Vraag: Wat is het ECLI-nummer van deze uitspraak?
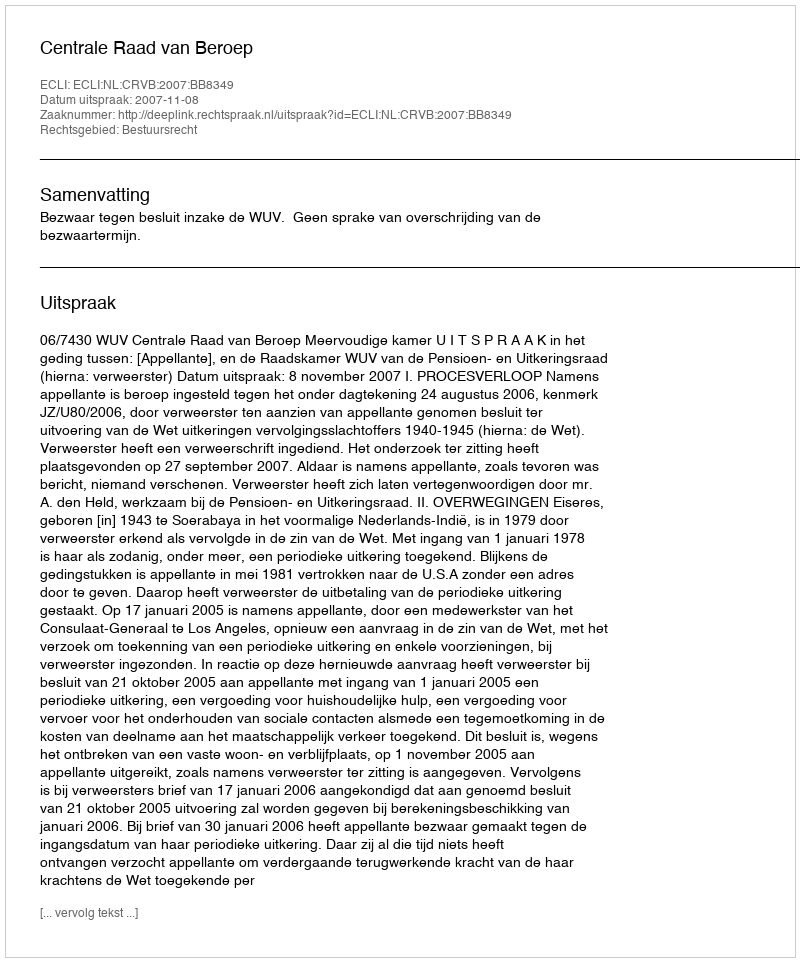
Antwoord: ECLI:NL:CRVB:2007:BB8349